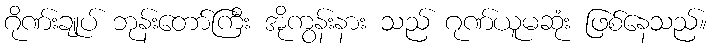
ဂိုဏ်းချုပ် ဘုန်းတော်ကြီး အိုကွန်းနား သည် ဂုဏ်ယူမဆုံး ဖြစ်နေသည်။